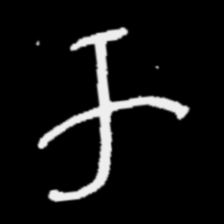
Pyu character \u2014 Myanmar letter: က (romanized: ka)